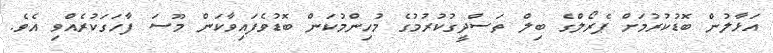
އަޅާލުން ބޮޑުކުރުމަށް ޕެރޯލްގެ ބިލް ތަސްދީގުކުރުމުގެ މުހިންމުކަން ބޮޑުވެފައިވާކަން މޫސަ ފާހަގަކުރެއްވި އެވެ.